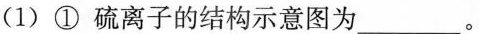
(1)①硫离子的结构示意图为___。